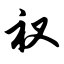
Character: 衩